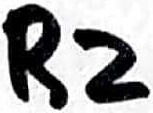
Text: R2